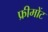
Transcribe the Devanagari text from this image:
फ्रीमोंट